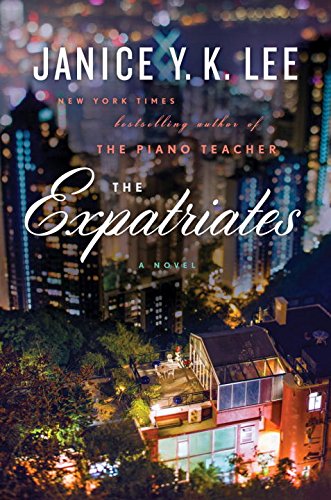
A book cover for The Expatriates: A Novel; Janice Y. K. Lee; Literature & Fiction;